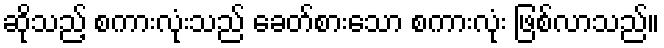
ဆိုသည့် စကားလုံးသည် ခေတ်စားသော စကားလုံး ဖြစ်လာသည်။